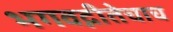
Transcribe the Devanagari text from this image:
भगवद्गीतेचाच